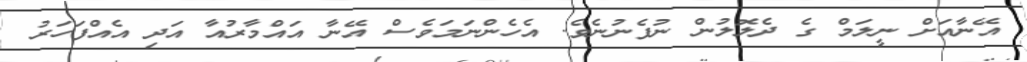
އޭނާއަށް ނީލަމް ގެ ދެލޮލުން ނުފެނުނެވެ. އެހެންނަމަވެސް އޭނާ އައްމާރުއާ އަދި އެއްފަހަރު